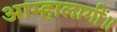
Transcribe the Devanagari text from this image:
आम्हालागीं॥